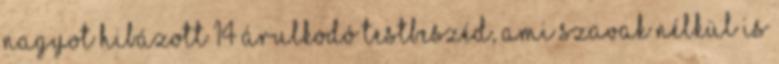
nagyot hibázott 14 árulkodó testbeszéd, ami szavak nélkül is